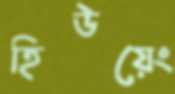
হিউয়েং